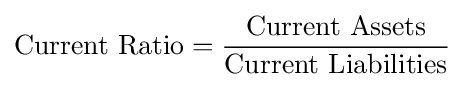
{\mbox{Current Ratio}}={{\mbox{Current Assets}} \over {\mbox{Current Liabilities}}}